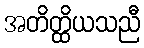
အတိတ္ထိယသညီ